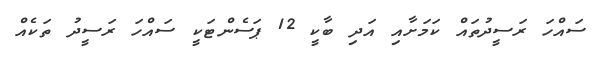
ސައްހަ ރަސީދުތައް ކަމަށާއި އަދި ބާކީ 12 ޕަސެންޓަކީ ސައްހަ ރަސީދު ތަކެއް